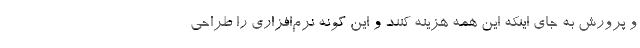
و پرورش به جای اینکه این همه هزینه کنند و این گونه نرم‌افزاری را طراحی